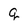
Character: q